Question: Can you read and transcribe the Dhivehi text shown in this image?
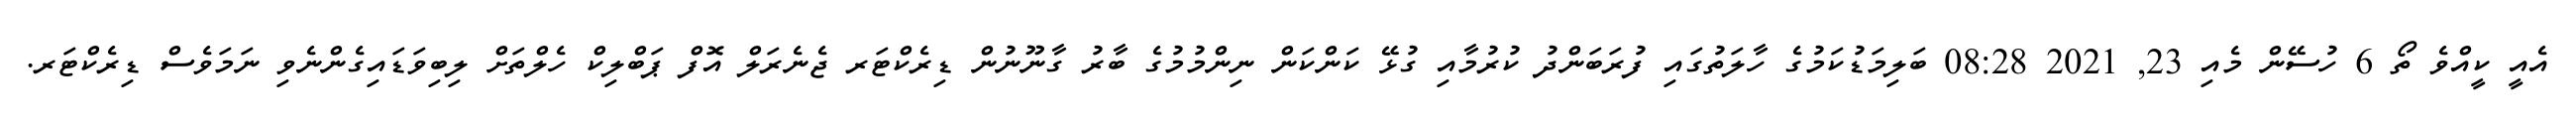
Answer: އެއީ ކީއްވެ ތޯ 6 ހުސޭން މެއި 23, 2021 08:28 ބަލިމަޑުކަމުގެ ހާލަތުގައި ފުރަބަންދު ކުރުމާއި ގުޅޭ ކަންކަން ނިންމުމުގެ ބާރު ގާނޫނުން ޑިރެކްޓަރ ޖެނެރަލް އޮފް ޕަބްލިކް ހެލްތަށް ލިބިވަޑައިގެންނެވި ނަމަވެސް ޑިރެކްޓަރ.